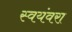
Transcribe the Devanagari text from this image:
स्वयंवरा